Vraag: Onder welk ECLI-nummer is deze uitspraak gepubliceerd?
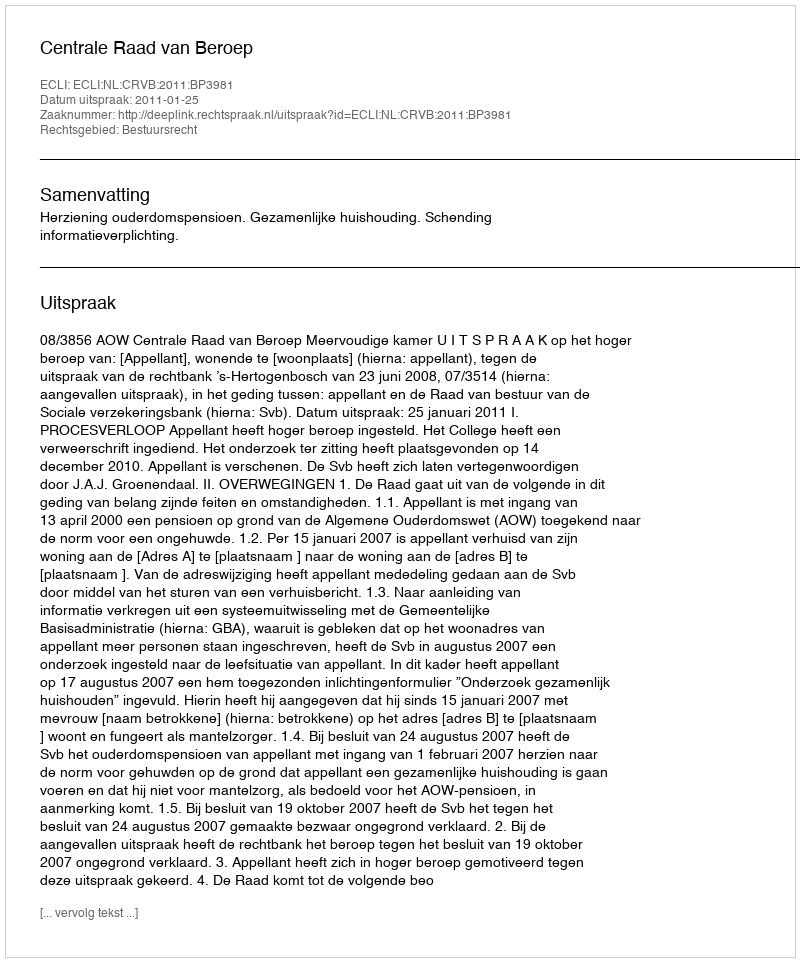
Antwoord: ECLI:NL:CRVB:2011:BP3981